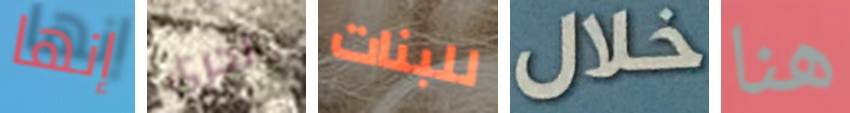
إنها بالجري للبنات خلال هنا